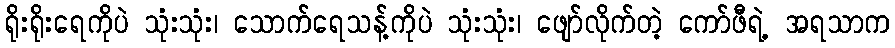
ရိုးရိုးရေကိုပဲ သုံးသုံး၊ သောက်ရေသန့်ကိုပဲ သုံးသုံး၊ ဖျော်လိုက်တဲ့ ကော်ဖီရဲ့ အရသာက